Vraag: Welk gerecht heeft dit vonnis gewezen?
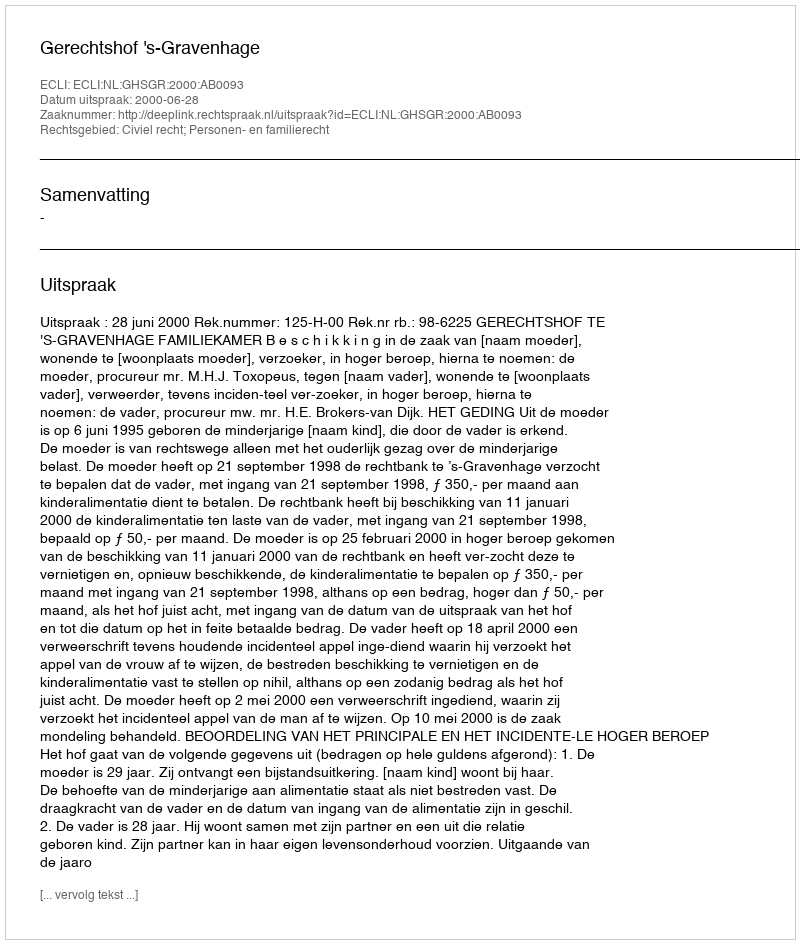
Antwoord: Gerechtshof 's-Gravenhage